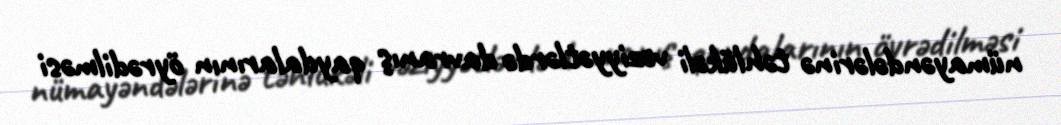
nümayəndələrinə təhlükəli vəziyyətlərdə davranış qaydalarının öyrədilməsi